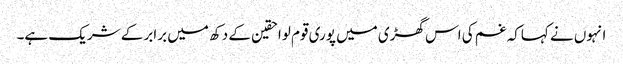
انہوں نے کہاکہ غم کی اس گھڑی میں پوری قوم لواحقین کے دکھ میں برابر کے شریک ہے۔